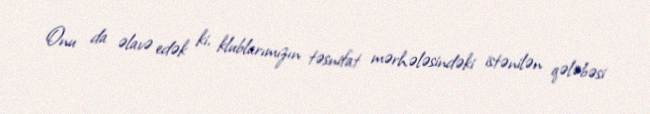
Onu da əlavə edək ki, klublarımızın təsnifat mərhələsindəki istənilən qələbəsi